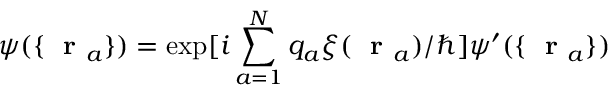
\psi ( \{ \mathrm { ~ \bf ~ r ~ } _ { a } \} ) = \exp [ i \sum _ { a = 1 } ^ { N } q _ { a } \xi ( \mathrm { ~ \bf ~ r ~ } _ { a } ) / \hbar ] \psi ^ { \prime } ( \{ \mathrm { ~ \bf ~ r ~ } _ { a } \} )